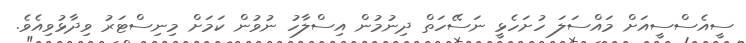
ސީއެސްސީއަށް މައްސަލަ ހުށަހެޅީ ނަސޭހަތް ދިނުމުން އިސްލާހު ނުވުން ކަމަށް މިނިސްޓަރު ވިދާޅުވިއެވެ.